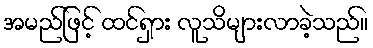
အမည်ဖြင့် ထင်ရှား လူသိများလာခဲ့သည်။